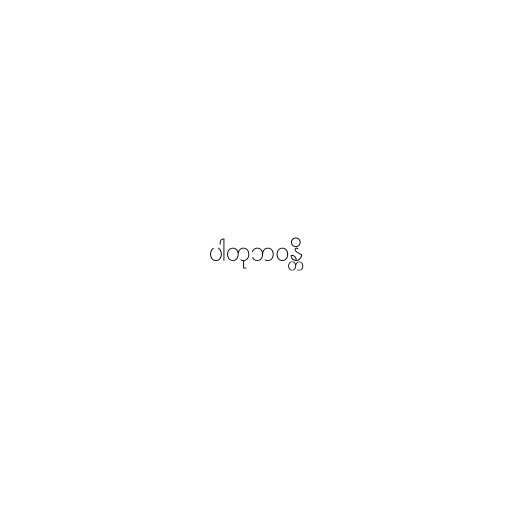
ပါတုဘဝန္တိ